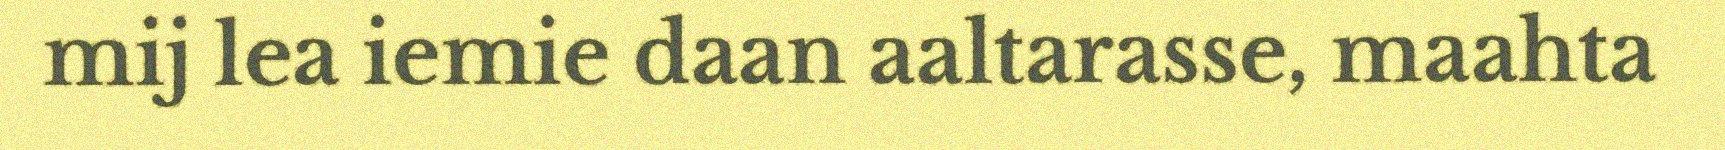
mij lea iemie daan aaltarasse, maahta